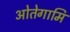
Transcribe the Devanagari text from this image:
ओतेगामि